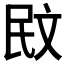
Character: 𭤙